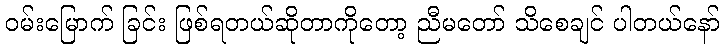
ဝမ်းမြောက် ခြင်း ဖြစ်ရတယ်ဆိုတာကိုတော့ ညီမတော် သိစေချင် ပါတယ်နော်